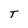
Character: T